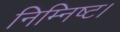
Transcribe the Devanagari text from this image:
निम्निष्ट।